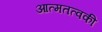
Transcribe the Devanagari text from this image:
आत्मतत्वकी